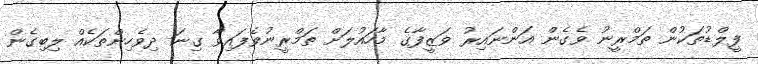
ފީލްޑުތަކުން ތަމްރީނު ވެގެން އަންނައިރު ވަޒީފާގެ މާހައުލަށް ތަމްރީނުވެފައިވާ ގިނަ ދިވެހިންތަކެއް ލިބިގެން